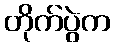
တိုက်ပွဲက